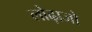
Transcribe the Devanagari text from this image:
लोढ़ाजो